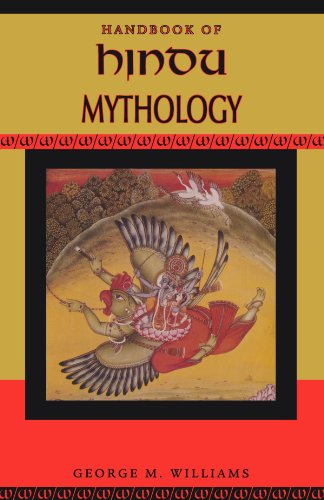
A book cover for Handbook of Hindu Mythology (Handbooks of World Mythology); George M. Williams; Religion & Spirituality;